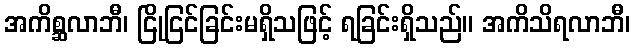
အကိစ္ဆလာဘီ၊ ငြိုငြင်ခြင်းမရှိသဖြင့် ရခြင်းရှိသည်။ အကိသိရလာဘီ၊